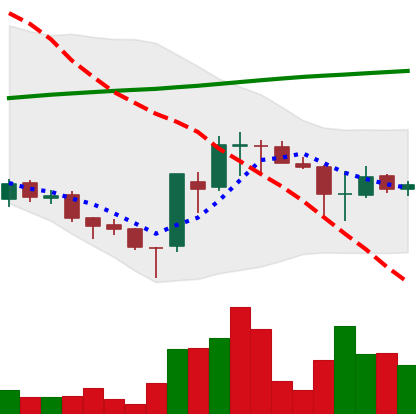
Ticker: EOS-USD
Chart end date: 2018-03-30
Forward return: -6.157%
Label: down_5_7